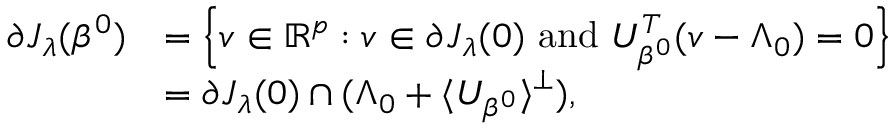
\begin{array} { r l } { \partial J _ { \boldsymbol { \lambda } } ( \beta ^ { 0 } ) } & { = \left\{ v \in \mathbb { R } ^ { p } : v \in \partial J _ { \boldsymbol { \lambda } } ( 0 ) \mathrm { ~ a n d ~ } U _ { \beta ^ { 0 } } ^ { T } ( v - \Lambda _ { 0 } ) = 0 \right\} } \\ & { = \partial J _ { \boldsymbol { \lambda } } ( 0 ) \cap ( \Lambda _ { 0 } + \langle U _ { \beta ^ { 0 } } \rangle ^ { \perp } ) , } \end{array}